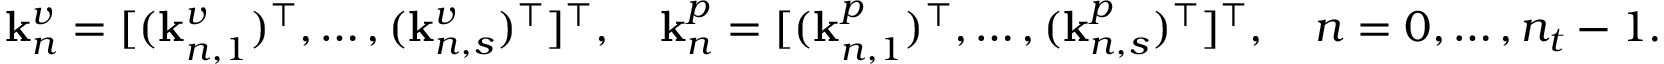
\begin{array} { c } { \mathbf { k } _ { n } ^ { v } = [ ( \mathbf { k } _ { n , 1 } ^ { v } ) ^ { \top } , \ldots , ( \mathbf { k } _ { n , s } ^ { v } ) ^ { \top } ] ^ { \top } , \quad \mathbf { k } _ { n } ^ { p } = [ ( \mathbf { k } _ { n , 1 } ^ { p } ) ^ { \top } , \ldots , ( \mathbf { k } _ { n , s } ^ { p } ) ^ { \top } ] ^ { \top } , \quad n = 0 , \ldots , n _ { t } - 1 . } \end{array}